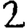
Digit: 2